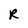
Character: R